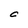
Character: C